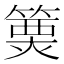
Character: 𥲦